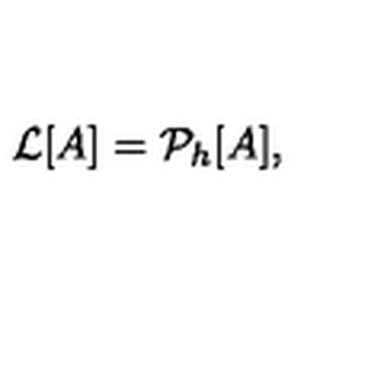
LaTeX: { \cal { L } } [ A ] = { \cal { P } } _ { h } [ A ] ,